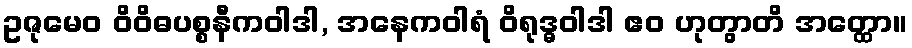
ဥဇုမေဝ ဝိဝိဓပစ္စနီကဝါဒါ, အနေကဝါရံ ဝိရုဒ္ဓဝါဒါ ဧဝ ဟုတွာတိ အတ္ထော။